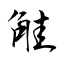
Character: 觟